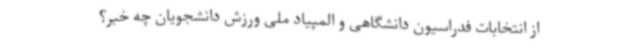
از انتخابات فدراسیون دانشگاهی و المپیاد ملی ورزش دانشجویان چه خبر؟